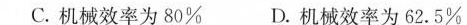
C.机械效率为80% D.机械效率为62.5%